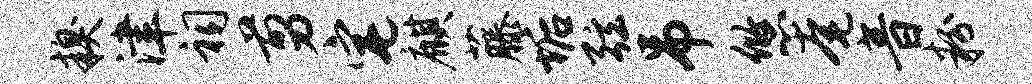
糗津祠剪宅麒藤垢弦吊悠奄音粉